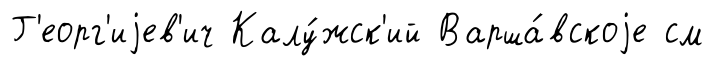
Г'еорг'иjев'ич Калу́жск'ий Варша́вскоjе см